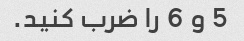
5 و 6 را ضرب کنید.